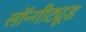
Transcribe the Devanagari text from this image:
लॉन्गीट्यूड